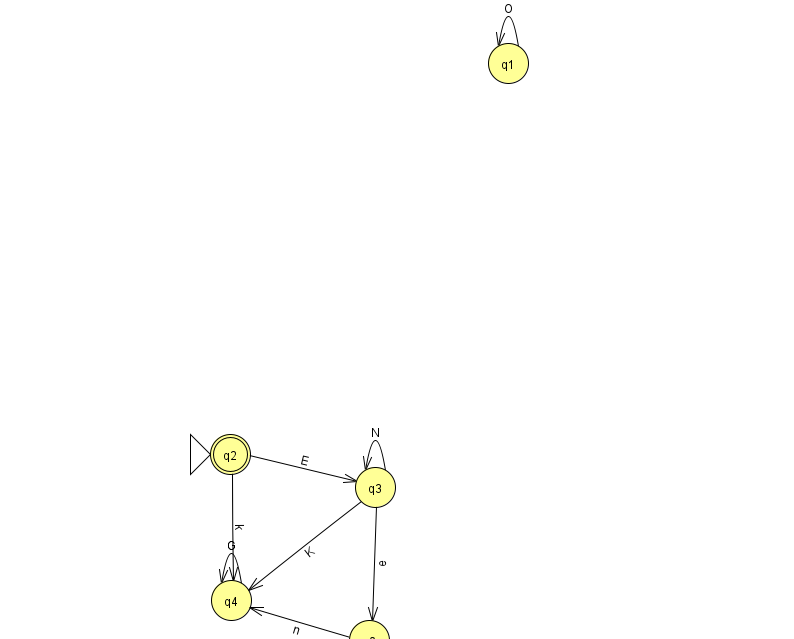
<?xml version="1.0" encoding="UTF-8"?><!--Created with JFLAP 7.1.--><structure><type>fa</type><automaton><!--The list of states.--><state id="0" name="q0"><x>369.0</x><y>627.0</y></state><state id="1" name="q1"><x>508.0</x><y>50.0</y></state><state id="2" name="q2"><x>230.0</x><y>441.0</y><initial/><final/></state><state id="3" name="q3"><x>375.0</x><y>474.0</y></state><state id="4" name="q4"><x>231.0</x><y>587.0</y></state><!--The list of transitions.--><transition><from>3</from><to>4</to><read>K</read></transition><transition><from>4</from><to>4</to><read>G</read></transition><transition><from>0</from><to>4</to><read>n</read></transition><transition><from>2</from><to>3</to><read>E</read></transition><transition><from>3</from><to>0</to><read>e</read></transition><transition><from>3</from><to>3</to><read>N</read></transition><transition><from>1</from><to>1</to><read>O</read></transition><transition><from>2</from><to>4</to><read>k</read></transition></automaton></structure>